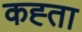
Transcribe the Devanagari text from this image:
कह्ता